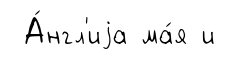
А́нгл'иjа ма́я и